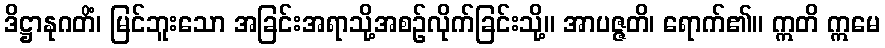
ဒိဋ္ဌာနုဂတိံ၊ မြင်ဘူးသော အခြင်းအရာသို့အစဉ်လိုက်ခြင်းသို့။ အာပဇ္ဇတိ၊ ရောက်၏။ ဣတိ ဣမေ